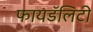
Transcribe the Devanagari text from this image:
फायडॅलिटी